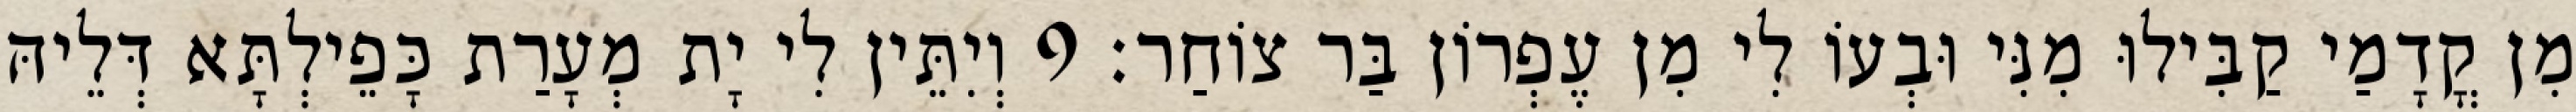
מִן קֳדָמַי קַבִּילוּ מִנִּי וּבְעוֹ לִי מִן עֶפְרוֹן בַּר צוֹחַר׃ 9 וְיִתֵּין לִי יָת מְעָרַת כָּפֵילְתָּא דְּלֵיהּ